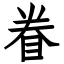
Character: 眷